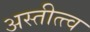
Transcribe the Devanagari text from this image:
अस्तीत्त्व